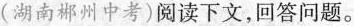
(湖南郴州中考)阅读下文，回答问题。